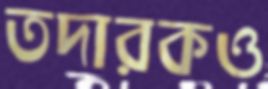
তদারকও